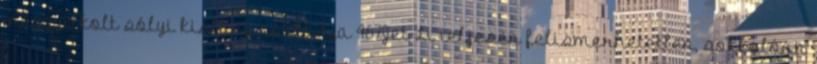
meggyilkolt sólyi kislány családja 467Jet Li teljesen felismerhetetlen, sokkolóan